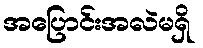
အပြောင်းအလဲမရှိ